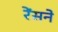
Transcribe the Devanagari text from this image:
रेंसने